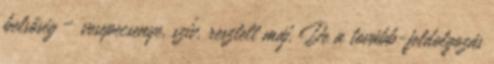
belsőség – vesepecsenye, szív, resztelt máj. De a tovább­-feldolgozás